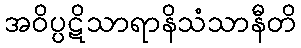
အဝိပ္ပဋိသာရာနိသံသာနီတိ